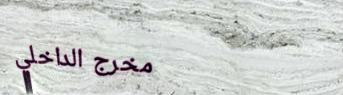
مخرج الداخلي